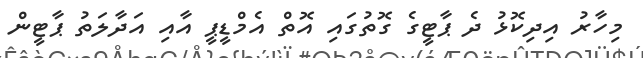
މިހާރު އިދިކޮޅު ދެ ޕާޓީގެ ގޮތުގައި އޮތް އެމްޑީޕީ އާއި އަދާލަތު ޕާޓީން